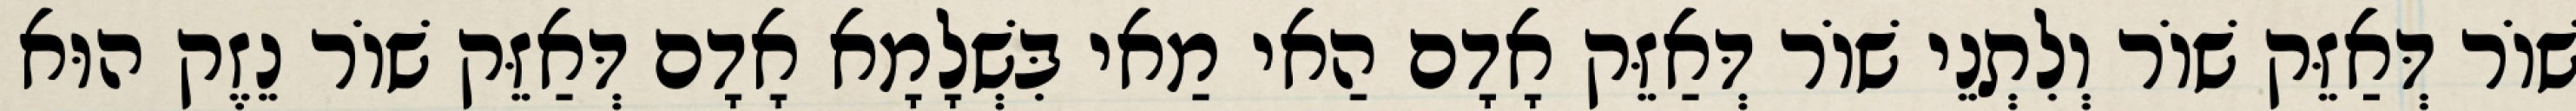
שׁוֹר דְּאַזֵּק שׁוֹר וְלִתְנֵי שׁוֹר דְּאַזֵּק אָדָם הַאי מַאי בִּשְׁלָמָא אָדָם דְּאַזֵּק שׁוֹר נֵזֶק הוּא